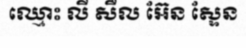
ឈ្មោះ លី សឺល អ៊ែន ស្ទែន